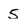
Character: 5